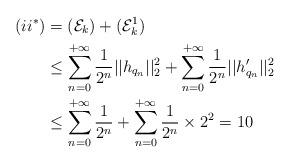
LaTeX: \begin{align*} (ii^*) &= (\mathcal{E}_k) + (\mathcal{E}_k^1) \\ &\leq \sum_{n=0}^{+\infty} \frac{1}{2^n}||h_{q_n}||_2^2 + \sum_{n=0}^{+\infty} \frac{1}{2^n}||h_{q_n}'||_2^2 \\ &\leq \sum_{n=0}^{+\infty} \frac{1}{2^n} + \sum_{n=0}^{+\infty} \frac{1}{2^n} \times 2^2 = 10\end{align*}